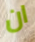
ان